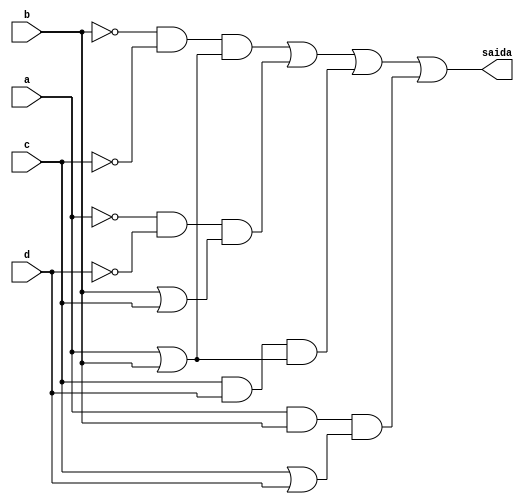
//--Nome: Paulo Henrique de Almeida Amorim - 412765--
//--questao f da prova--

module metodoprovaf ( saida,a,b,c,d );

output saida;
input a,b,c,d;
wire temp1,temp2,temp3,temp4,temp5,temp6,temp7,temp8,temp9,temp10,temp11,temp12;
wire temp13,temp14,temp15,temp16;



not NOT1 (temp1,b);
not NOT2 (temp2,c);
and AND1 (temp3,temp1,temp2);
or OR1   (temp4,a,b);
and AND2 (temp5,temp3,temp4);
not NOT3 (temp6,a);
not NOT4 (temp7,d);
and AND3 (temp8,temp6,temp7);
or OR2   (temp9,b,c);
and AND4 (temp10,temp8,temp9);
and AND5 (temp11,c,d);
or OR3   (temp12,a,b);
and AND6 (temp13,temp11,temp12);
and AND7 (temp14,a,b);
or OR4   (temp15,c,d);
and AND8 (temp16,temp14,temp15);
or OR5   (saida,temp5,temp10,temp13,temp16);


endmodule
 
module testprova1;
reg a,b,c,d;
wire saida;

metodoprovaf PROVAF ( saida,a,b,c,d );

initial begin:start
        a=0; b=0; c=0; d=0;
end

initial begin: main
#1 $display (" Circuito da questao f ");
#1 $display (" a |  b |  c |  d  =  saida ");
  $monitor (" %b  | %b  | %b |  %b  =   %b ",a,b,c,d,saida);
           #1 a=0;    b=0;   c=0;   d=1;
			  #1 a=0;    b=0;   c=1;   d=0;
			  #1 a=0;    b=0;   c=1;   d=1;
			  #1 a=0;    b=1;   c=0;   d=0;
			  #1 a=0;    b=1;   c=0;   d=1;
			  #1 a=0;    b=1;   c=1;   d=0;
			  #1 a=0;    b=1;   c=1;   d=1;
			  #1 a=1;    b=0;   c=0;   d=0;
			  #1 a=1;    b=0;   c=0;   d=1;
			  #1 a=1;    b=0;   c=1;   d=0;
			  #1 a=1;    b=0;   c=1;   d=1;
			  #1 a=1;    b=1;   c=0;   d=0;
			  #1 a=1;    b=1;   c=0;   d=1;
			  #1 a=1;    b=1;   c=1;   d=0;
			  #1 a=1;    b=1;   c=1;   d=1;
			  
			  
			  
end
endmodule